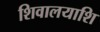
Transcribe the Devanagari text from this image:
शिवालयाशि